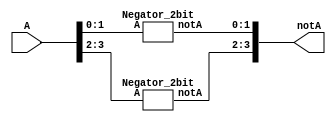
module  Negator_4bit(input [3:0] A,output [3:0] notA);

	Negator_2bit ggate1(A[1:0],notA[1:0]);
	Negator_2bit ggate2(A[3:2],notA[3:2]);

endmodule

////////2 bit negator/////////	
module Negator_2bit(input [1:0]A,output [1:0] notA);
	notg gate1(notA[1],A[1]);
	notg gate2(notA[0],A[0]);
endmodule


////////NOT GATE/////	
module notg(output ans,input a);

	nand g1(ans,a,a);
	
endmodule